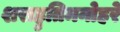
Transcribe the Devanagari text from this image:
शराहुतिमनोहरे